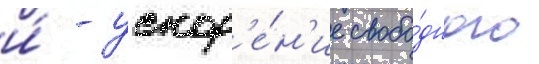
и́ - ускор'е́н'ие свобо́дного